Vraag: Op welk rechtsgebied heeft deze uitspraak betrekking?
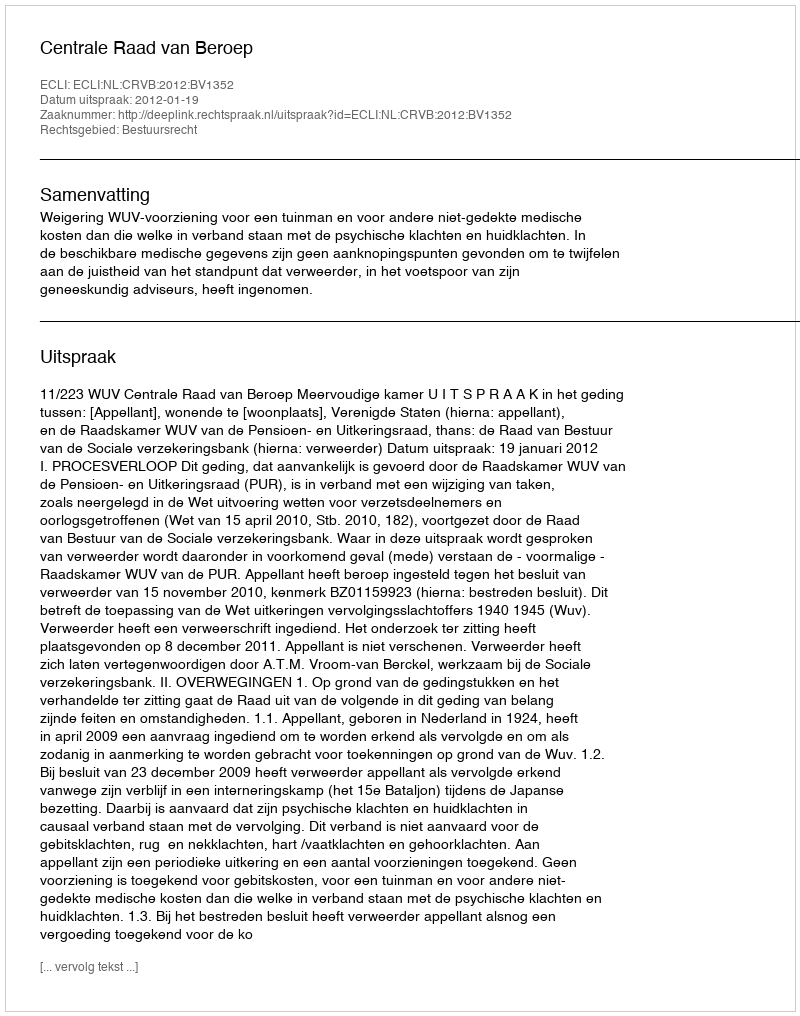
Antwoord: Bestuursrecht